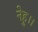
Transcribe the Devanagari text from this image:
नेहु।।